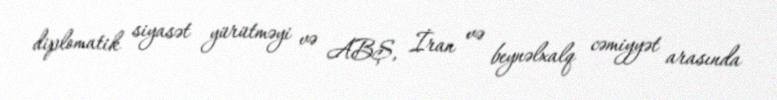
diplomatik siyasət yürütməyi və ABŞ, İran və beynəlxalq cəmiyyət arasında